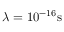
\lambda = 1 0 ^ { - 1 6 } \mathrm { s }